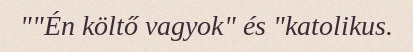
""Én költő vagyok" és "katolikus.